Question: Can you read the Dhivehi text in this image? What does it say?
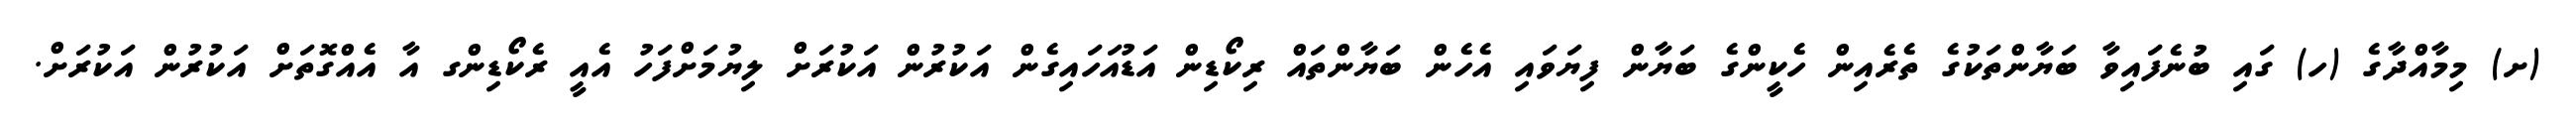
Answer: (ށ) މިމާއްދާގެ (ހ) ގައި ބުނެފައިވާ ބަޔާންތަކުގެ ތެރެއިން ހެކީންގެ ބަޔާން ފިޔަވައި އެހެން ބަޔާންތައް ރިކޯޑިން އަޑުއަހައިގެން އަކުރުން އަކުރަށް ލިޔުމަށްފަހު އެއީ ރެކޯޑިންގ އާ އެއްގޮތަށް އަކުރުން އަކުރަށް.